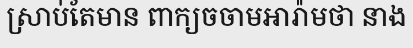
ស្រាប់តែមាន ពាក្យចចាមអារ៉ាមថា នាង